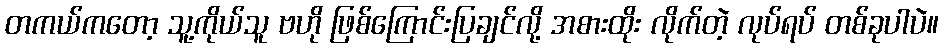
တကယ်ကတော့ သူ့ကိုယ်သူ ဗဟို ဖြစ်ကြောင်းပြချင်လို့ အစားထိုး လိုက်တဲ့ လုပ်ရပ် တစ်ခုပါပဲ။